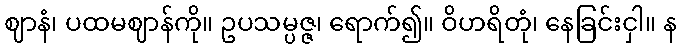
ဈာနံ၊ ပထမဈာန်ကို။ ဥပသမ္ပဇ္ဇ၊ ရောက်၍။ ဝိဟရိတုံ၊ နေခြင်းငှါ။ န